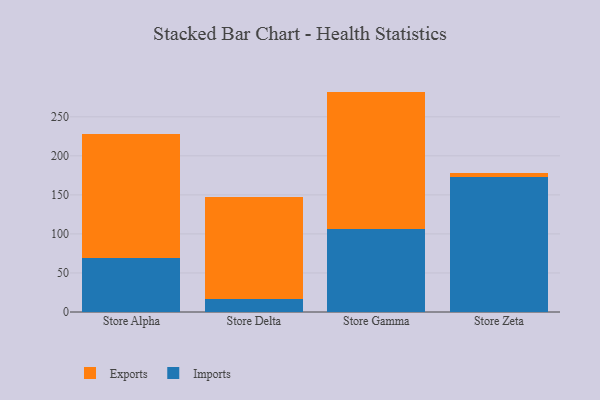
{"axis": {"x": "Store", "y": "LTV (USD)"}, "legend": ["Exports", "Imports"], "data": [{"x": "Store Alpha", "y": 69.5, "type": "Imports"}, {"x": "Store Alpha", "y": 157.9, "type": "Exports"}, {"x": "Store Delta", "y": 16.1, "type": "Imports"}, {"x": "Store Delta", "y": 131.3, "type": "Exports"}, {"x": "Store Gamma", "y": 106.3, "type": "Imports"}, {"x": "Store Gamma", "y": 176.0, "type": "Exports"}, {"x": "Store Zeta", "y": 173.1, "type": "Imports"}, {"x": "Store Zeta", "y": 5.2, "type": "Exports"}]}